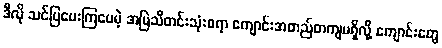
ဒီလို သင်ပြပေးကြပေမဲ့ အမြဲသီတင်းသုံးစရာ ကျောင်းအတည်တကျမရှိလို့ ကျောင်းတွေ